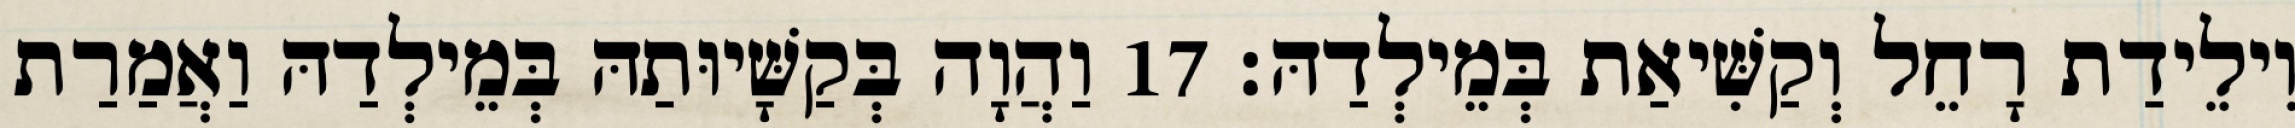
וִילֵידַת רָחֵל וְקַשִּׁיאַת בְּמֵילְדַהּ׃ 17 וַהֲוָה בְּקַשָּׁיוּתַהּ בְּמֵילְדַהּ וַאֲמַרַת